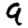
Digit: 9